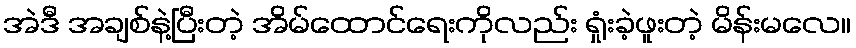
အဲဒီ အချစ်နဲ့ပြီးတဲ့ အိမ်ထောင်ရေးကိုလည်း ရှုံးခဲ့ဖူးတဲ့ မိန်းမလေ။